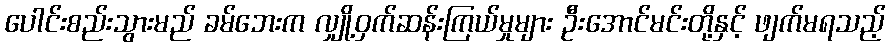
ပေါင်းစည်းသွားမည် ခမ်ဘေးက လျှို့ဝှက်ဆန်းကြယ်မှုများ ဦးအောင်မင်းတို့နှင့် ဖျက်မရသည့်